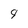
Character: 9